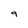
Character: 9